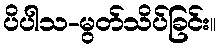
ပိပါသ-မွတ်သိပ်ခြင်း။